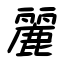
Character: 麗